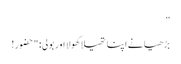
”
بڑھیا نے اپنا تھیلا کھولا اور بولی: "حضور!